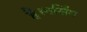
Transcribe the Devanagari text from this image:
है।नर्सिंग